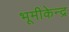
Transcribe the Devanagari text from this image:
भूमीकेन्द्र